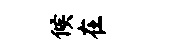
候在